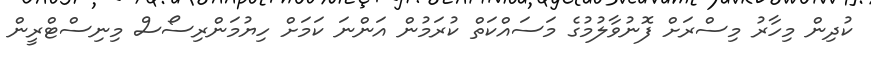
ކުދިން މިހާރު މިސްރަށް ފޮނުވާލުމުގެ މަސައްކަތް ކުރަމުން އަންނަ ކަމަށް ހިޔުމަންރިސޯސް މިނިސްޓްރީން